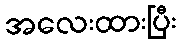
အလေးထားပြီး